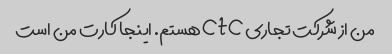
من از شرکت تجاری ctc هستم. اینجا کارت من است